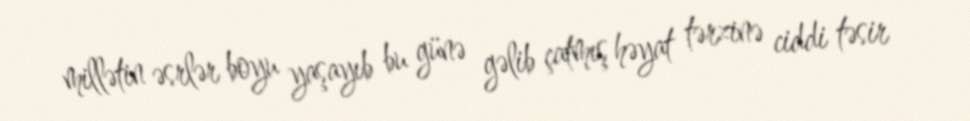
millətin əsrlər boyu yaşayıb bu günə gəlib çatmış həyat tərzinə ciddi təsir